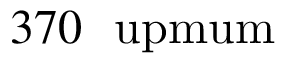
3 7 0 ~ \mathrm { \ u p m u m }